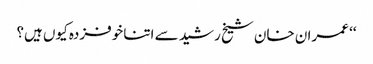
‘‘ عمران خان شیخ رشید سے اتنا خوفزدہ کیوں ہیں؟